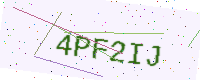
Text: 4PF2IJ